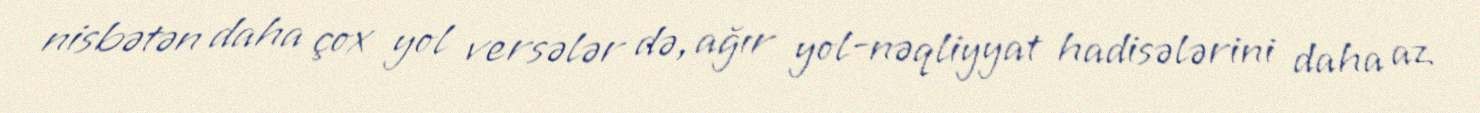
nisbətən daha çox yol versələr də, ağır yol-nəqliyyat hadisələrini daha az